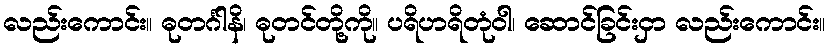
လည်းကောင်း။ ဓုတင်္ဂါနိ၊ ဓုတင်တို့ကို။ ပရိဟရိတုံဝါ၊ ဆောင်ခြင်းငှာ လည်းကောင်း။